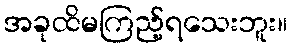
အခုထိမကြည့်ရသေးဘူး။